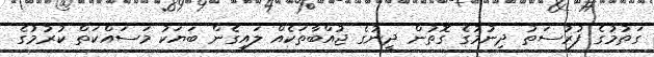
ގަތުމުގެ ފުރުސަތު ދިނުމުގެ ގޮތުން ދީނުގެ ޖުއްބާތަކެއް ލައިގެން ބަޔަކު މަސައްކަތް ކުރުމުގެ